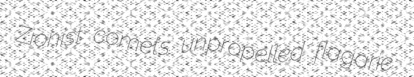
Zionist comets unpropelled flagarie